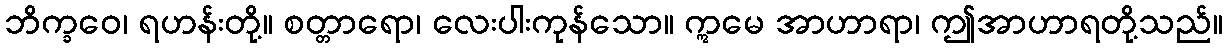
ဘိက္ခဝေ၊ ရဟန်းတို့။ စတ္တာရော၊ လေးပါးကုန်သော။ ဣမေ အာဟာရာ၊ ဤအာဟာရတို့သည်။